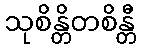
သုစိန္တိတစိန္တီ